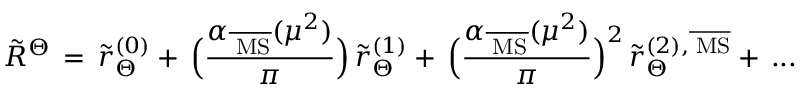
\tilde { R } ^ { \Theta } \, = \, \tilde { r } _ { \Theta } ^ { ( 0 ) } + \, \Big ( \frac { \alpha _ { \overline { { { \mathrm { \tiny ~ M S } } } } } ( \mu ^ { 2 } ) } { \pi } \Big ) \, \tilde { r } _ { \Theta } ^ { ( 1 ) } + \, \Big ( \frac { \alpha _ { \overline { { { \mathrm { \tiny ~ M S } } } } } ( \mu ^ { 2 } ) } { \pi } \Big ) ^ { 2 } \, \tilde { r } _ { \Theta } ^ { ( 2 ) , \overline { { { \mathrm { \tiny ~ M S } } } } } + \, . . .